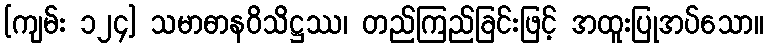
[ကျမ်း ၁၂၄] သမာဓာနဝိသိဋ္ဌဿ၊ တည်ကြည်ခြင်းဖြင့် အထူးပြုအပ်သော။